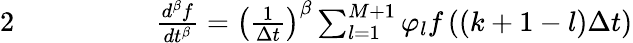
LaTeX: \begin{array}{rlrl}{{2}}&{{}}&{\qquad}&{{}\frac{d^{\beta}f}{dt^{\beta}}=\left(\frac{1}{\Delta t}\right)^{\beta}\sum_{l=1}^{M+1}\varphi_{l}f\left(\left(k+1-l\right)\Delta t\right)}\end{array}